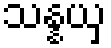
သန္နယှ